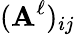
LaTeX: (\mathbf{A}^{\ell})_{ij}